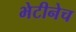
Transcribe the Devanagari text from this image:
भेटीनेच